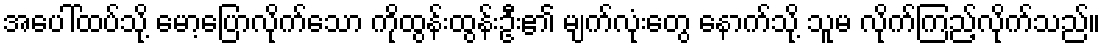
အပေါ်ထပ်သို့ မော့ပြောလိုက်သော ကိုထွန်းထွန်းဦး၏ မျက်လုံးတွေ နောက်သို့ သူမ လိုက်ကြည့်လိုက်သည်။